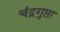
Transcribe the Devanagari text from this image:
चंद्रगुप्ता